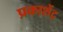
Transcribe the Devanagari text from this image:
प्रकाशेंद्र